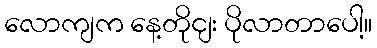
လောကျက နေ့တိုငျး ပိုလာတာပေါ့။